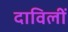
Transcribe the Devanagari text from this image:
दाविलीं